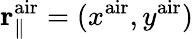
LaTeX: {\mathbf r}_{\parallel}^{\mathrm{air}}=(x^{\mathrm{air}},y^{\mathrm{air}})